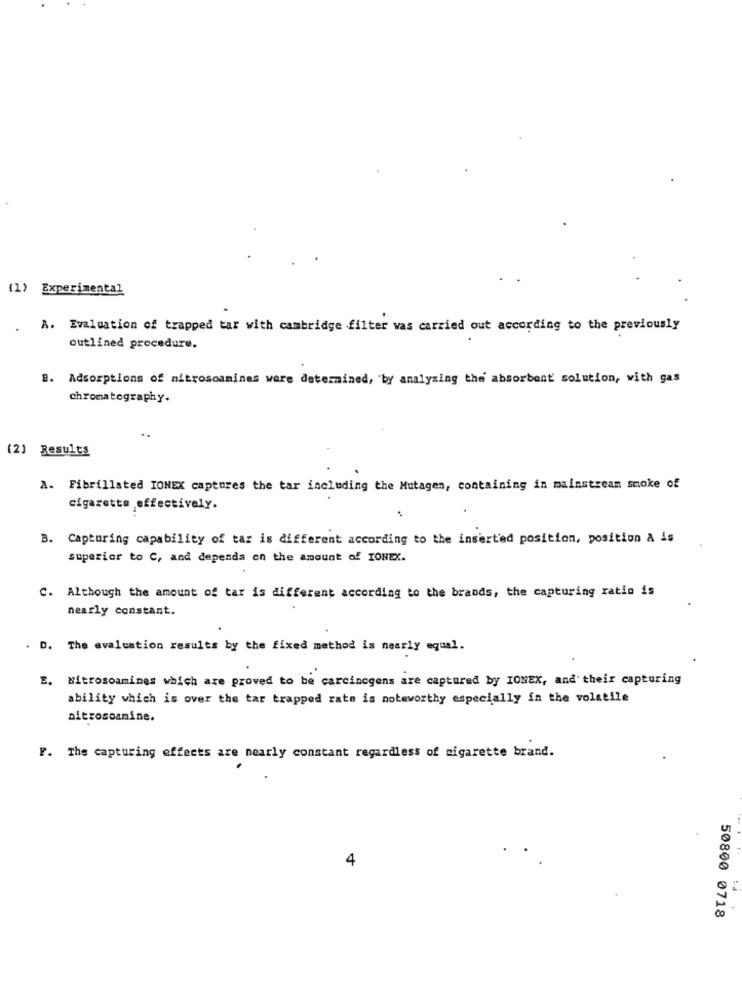
(1) Experimental
. A. Evaluation of trapped tar with cambridge filter was carried out according to the previously
outlined procedure.
B. Adsorptions of nitrosoaminas were determined, 'by analyzing the absorbent solution, with gas
chromatography.
(2) Results
A. Fibrillated IONEX captures the tar including the Mutagen, containing in mainstream smoke of
cigarette effectively.
B. Capturing capability of tar is different according to the inserted position, position A is
superior to C, and depends on the amount of IOHEX.
C. Although the amount of tar is different according to the brands, the capturing ratio is
nearly constant.
. D. The evaluation results by the fixed method is nearly equal.
E. Nitrosoamines which are proved to be carcinogens are captured by IONEX, and their capturing
ability which is over the tar trapped rate is noteworthy especially in the volatile
altrosoamine.
F. The capturing effects are nearly constant regardless of cigarette brand.
4
50800 0718